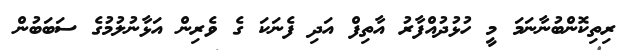
ރިތިކޮންބުނާނަމަ މީ ހުޅުދުއްފާރު އާތިފް އަދި ފެނަކަ ގެ ވެރިން އަޅާނުލުމުގެ ސަބަބުން